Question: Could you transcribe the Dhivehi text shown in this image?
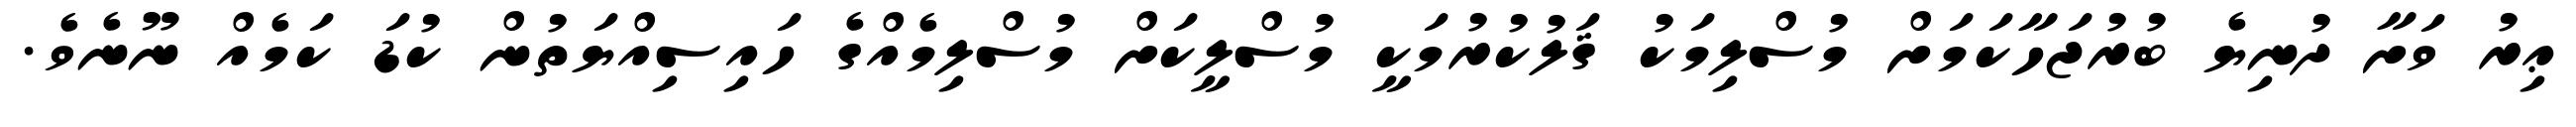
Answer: ޢިރު ވަށާ ދުނިޔެ ބުރުޖަހާކަމަށް މުސްލިމަކު ޤަލުކުރުމަކީ މުސްލީކަށް މުސްލިމެއްގެ ހައިސިއްޔަތުން ކުޑަ ކަމެއް ނޫނެވެ.